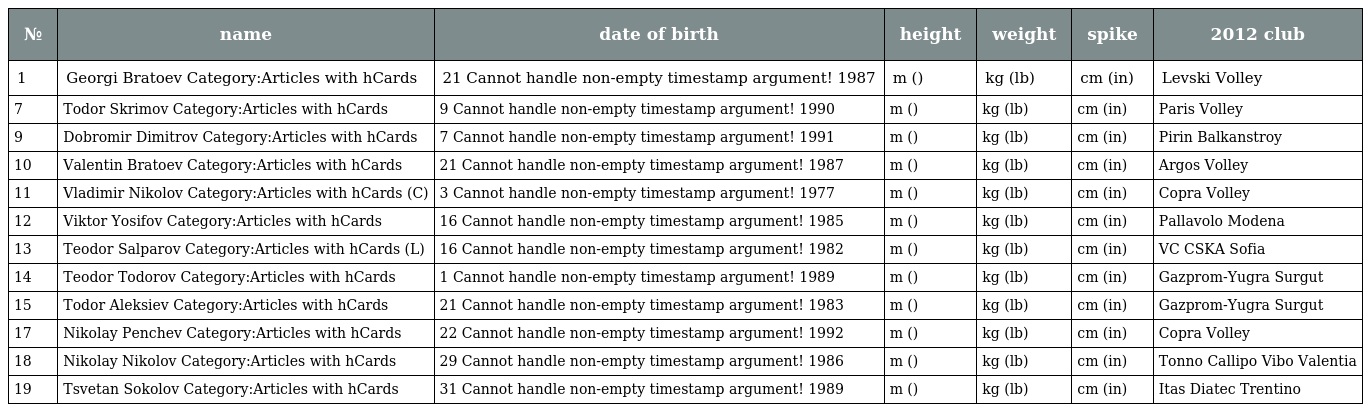
| № | name | date of birth | height | weight | spike | 2012 club |
 | --- | --- | --- | --- | --- | --- | --- |
 | 1 | Georgi Bratoev Category:Articles with hCards | 21 Cannot handle non-empty timestamp argument! 1987 | m () | kg (lb) | cm (in) | Levski Volley |
 | 7 | Todor Skrimov Category:Articles with hCards | 9 Cannot handle non-empty timestamp argument! 1990 | m () | kg (lb) | cm (in) | Paris Volley |
 | 9 | Dobromir Dimitrov Category:Articles with hCards | 7 Cannot handle non-empty timestamp argument! 1991 | m () | kg (lb) | cm (in) | Pirin Balkanstroy |
 | 10 | Valentin Bratoev Category:Articles with hCards | 21 Cannot handle non-empty timestamp argument! 1987 | m () | kg (lb) | cm (in) | Argos Volley |
 | 11 | Vladimir Nikolov Category:Articles with hCards (C) | 3 Cannot handle non-empty timestamp argument! 1977 | m () | kg (lb) | cm (in) | Copra Volley |
 | 12 | Viktor Yosifov Category:Articles with hCards | 16 Cannot handle non-empty timestamp argument! 1985 | m () | kg (lb) | cm (in) | Pallavolo Modena |
 | 13 | Teodor Salparov Category:Articles with hCards (L) | 16 Cannot handle non-empty timestamp argument! 1982 | m () | kg (lb) | cm (in) | VC CSKA Sofia |
 | 14 | Teodor Todorov Category:Articles with hCards | 1 Cannot handle non-empty timestamp argument! 1989 | m () | kg (lb) | cm (in) | Gazprom-Yugra Surgut |
 | 15 | Todor Aleksiev Category:Articles with hCards | 21 Cannot handle non-empty timestamp argument! 1983 | m () | kg (lb) | cm (in) | Gazprom-Yugra Surgut |
 | 17 | Nikolay Penchev Category:Articles with hCards | 22 Cannot handle non-empty timestamp argument! 1992 | m () | kg (lb) | cm (in) | Copra Volley |
 | 18 | Nikolay Nikolov Category:Articles with hCards | 29 Cannot handle non-empty timestamp argument! 1986 | m () | kg (lb) | cm (in) | Tonno Callipo Vibo Valentia |
 | 19 | Tsvetan Sokolov Category:Articles with hCards | 31 Cannot handle non-empty timestamp argument! 1989 | m () | kg (lb) | cm (in) | Itas Diatec Trentino |